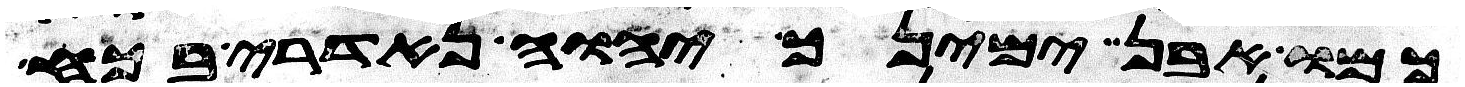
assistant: כמו אבן ימינך יהוה נדארי בכח